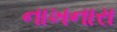
નાખનારા